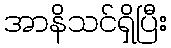
အာနိသင်ရှိပြီး